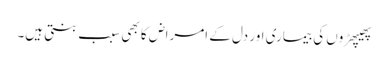
پھیپھڑوں کی بیماری اور دل کے امراض کا بھی سبب بنتی ہیں۔